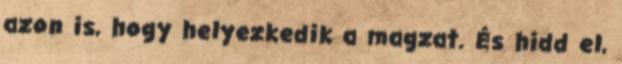
azon is, hogy helyezkedik a magzat. És hidd el,